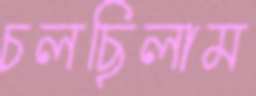
চলছিলাম